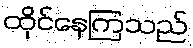
ထိုင်နေကြသည်